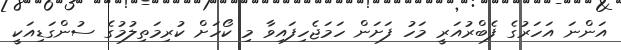
އަންނަ އަހަރުގެ ފެބްރުއަރީ މަހު ފަށަން ހަމަޖެހިފައިވާ މި ކޯހަށް ކުރިމަތިލުމުގެ ސުންގަޑިއަކީ